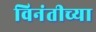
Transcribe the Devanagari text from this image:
विनंतीच्या